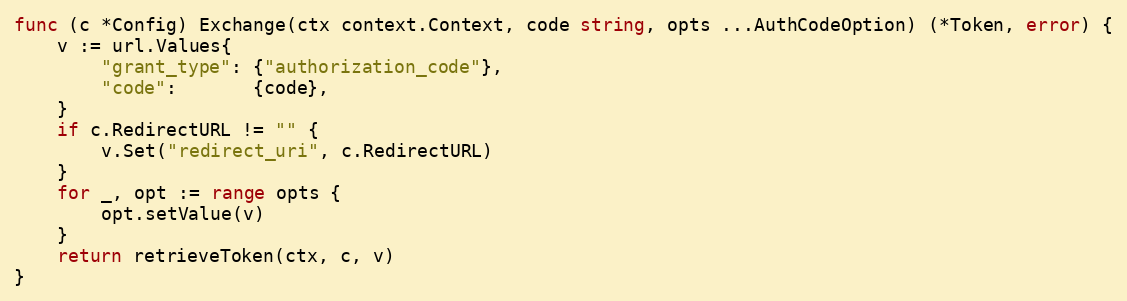
Language: Go
func (c *Config) Exchange(ctx context.Context, code string, opts ...AuthCodeOption) (*Token, error) {
	v := url.Values{
		"grant_type": {"authorization_code"},
		"code":       {code},
	}
	if c.RedirectURL != "" {
		v.Set("redirect_uri", c.RedirectURL)
	}
	for _, opt := range opts {
		opt.setValue(v)
	}
	return retrieveToken(ctx, c, v)
}